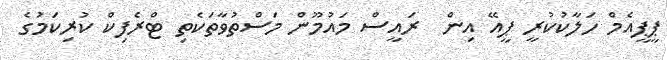
ޕީޕީއެމް ހަލާކުކުރީ ޕީއޭ އިން  ރައީސް މައުމޫން މަސްތުވާތަކެތި ޓްރެފިކް ކުރިކަމުގެ